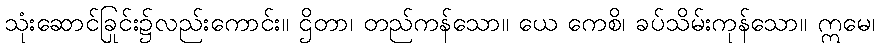
သုံးဆောင်ခြင်း၌လည်းကောင်း။ ဌိတာ၊ တည်ကုန်သော။ ယေ ကေစိ၊ ခပ်သိမ်းကုန်သော။ ဣမေ၊